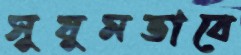
সুষুমভাবে